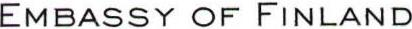
EMBASSY OF FINLAND